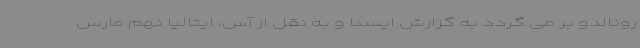
رونالدو بر می گردد به گزارش ایسنا و به نقل از آس، ایتالیا نهم مارس